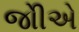
જોીએ